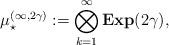
LaTeX: \begin{align*}\mu_\star^{(\infty,2\gamma)} := \bigotimes\limits_{k=1}^{\infty}{\bf Exp}(2\gamma),\end{align*}